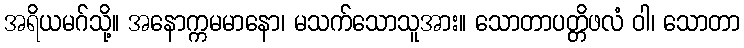
အရိယမဂ်သို့။ အနောက္ကမမာနော၊ မသက်သောသူအား။ သောတာပတ္တိဖလံ ဝါ၊ သောတာ